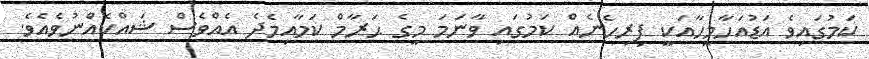
ކަމުގައިވެ އަޑުއަހާމީހާއަކީ ފިރިހެނެއް ކަމުގައި ވާނަމަ މީގެ ޙަރާމް ކަމާއިމެދެ އެއްވެސް ޝައްކެއްނުވެއެވެ.